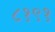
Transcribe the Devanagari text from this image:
८१९१